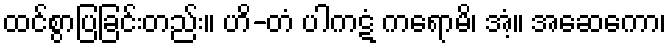
ထင်စွာပြခြင်းတည်း။ ဟိ-တံ ပါကဋံ ကရောမိ၊ အံ့။ အဆေကော၊